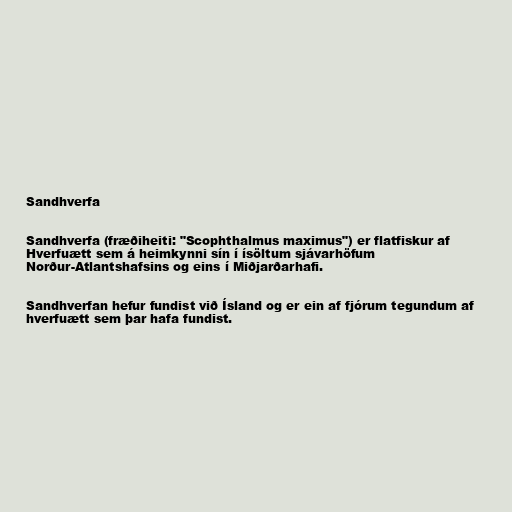
Sandhverfa

Sandhverfa (fræðiheiti: "Scophthalmus maximus") er flatfiskur af
Hverfuætt sem á heimkynni sín í ísöltum sjávarhöfum
Norður-Atlantshafsins og eins í Miðjarðarhafi.

Sandhverfan hefur fundist við Ísland og er ein af fjórum tegundum af
hverfuætt sem þar hafa fundist.